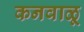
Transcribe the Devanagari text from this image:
कनवाळू